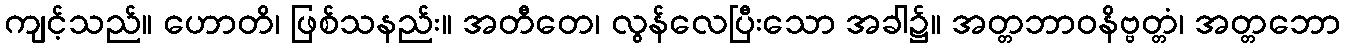
ကျင့်သည်။ ဟောတိ၊ ဖြစ်သနည်း။ အတီတေ၊ လွန်လေပြီးသော အခါ၌။ အတ္တဘာဝနိဗ္ဗတ္တံ၊ အတ္တဘော